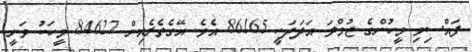
ފައްސިވި މީހުންގެ ޖުމްލަ އަދަދަކީ 86165 އެވެ. އޭގެތެރެއިން 84627 މީހަކު ވަނީ